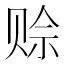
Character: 赊